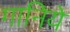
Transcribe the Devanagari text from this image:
गानिये